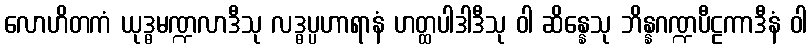
လောဟိတကံ ယုဒ္ဓမဏ္ဍလာဒီသု လဒ္ဓပ္ပဟာရာနံ ဟတ္ထပါဒါဒီသု ဝါ ဆိန္နေသု ဘိန္နဂဏ္ဍပီဠကာဒီနံ ဝါ